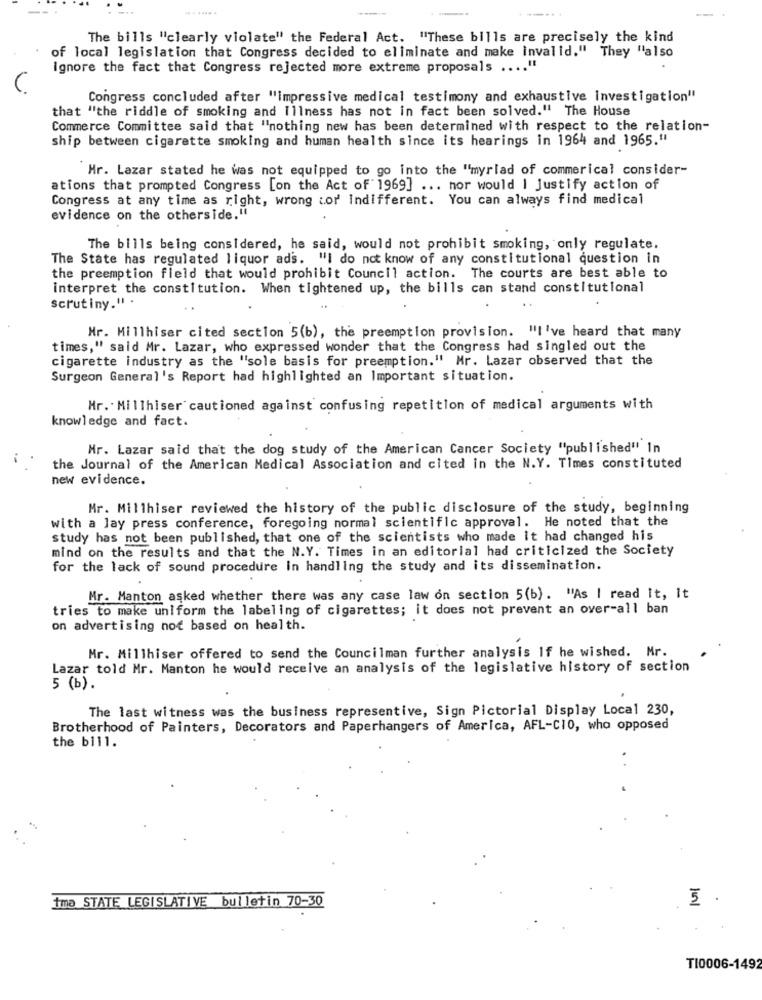
The bills "clearly violate" the Federal Act. "These bills are precisely the kind
of local legislation that Congress decided to eliminate and make invalid." They "also
Ignore the fact that Congress rejected more extreme proposals .... "
Congress concluded after "impressive medical testimony and exhaustive investigation"
that "the riddle of smoking and illness has not in fact been solved." The House
Commerce Committee said that "nothing new has been determined with respect to the relation-
ship between cigarette smoking and human health since its hearings in 1964 and 1965."
Hr. Lazar stated he was not equipped to go into the "myriad of commerical consider-
ations that prompted Congress [on the Act of 1969] ... nor would | Justify action of
Congress at any time as right, wrong tor indifferent. You can always find medical
evidence on the otherside."
The bills being considered, he said, would not prohibit smoking, only regulate.
The State has regulated liquor ads. "I do not know of any constitutional question in
the preemption field that would prohibit Council action. The courts are best able to
interpret the constitution. When tightened up, the bills can stand constitutional
scrutiny." .
Nr. Millhiser cited section 5(b), the preemption provision. "I've heard that many
times," said Mr. Lazar, who expressed wonder that the Congress had singled out the
cigarette industry as the "sole basis for preemption." Mr. Lazar observed that the
Surgeon General's Report had highlighted an Important situation.
Hr .. Millhiser cautioned against confusing repetition of medical arguments with
knowledge and fact.
Mr. Lazar said that the dog study of the American Cancer Society "published" In
the Journal of the American Medical Association and cited in the N.Y. Times constituted
new evidence.
Mr. Milthiser reviewed the history of the public disclosure of the study, beginning
with a lay press conference, foregoing normal scientific approval. He noted that the
study has not been published, that one of the scientists who made it had changed his
mind on the results and that the N.Y. Times in an editorial had criticized the Society
for the lack of sound procedure in handling the study and its dissemination.
Mr. Manton asked whether there was any case law on section 5(b). "As I read It, It
tries to make uniform the labeling of cigarettes; it does not prevent an over-all ban
on advertising not based on health.
Mr. Millhiser offered to send the Councilman further analysis If he wished. Mr.
Lazar told Mr. Manton he would receive an analysis of the legislative history of section
5 (b).
The last witness was the business representive, Sign Pictorial Display Local 230,
Brotherhood of Painters, Decorators and Paperhangers of America, AFL-CIO, who opposed
the bill.
İma STATE LEGISLATIVE bulletin 70-30
5 .
TI0006-1492